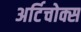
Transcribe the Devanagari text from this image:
अर्टिचोक्स